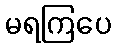
မရကြပေ